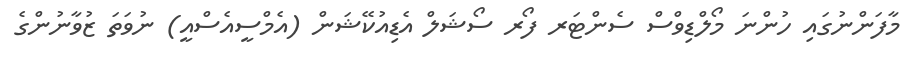
މާފަންނުގައި ހުންނަ މޯލްޑިވްސް ސެންޓަރ ފޯރ ސޯޝަލް އެޑިއުކޭޝަން (އެމްސީއެސްއީ) ނުވަތަ ޒުވާނުންގެ